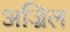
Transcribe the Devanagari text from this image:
अज्रिल